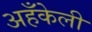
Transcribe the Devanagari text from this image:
अहँकेली